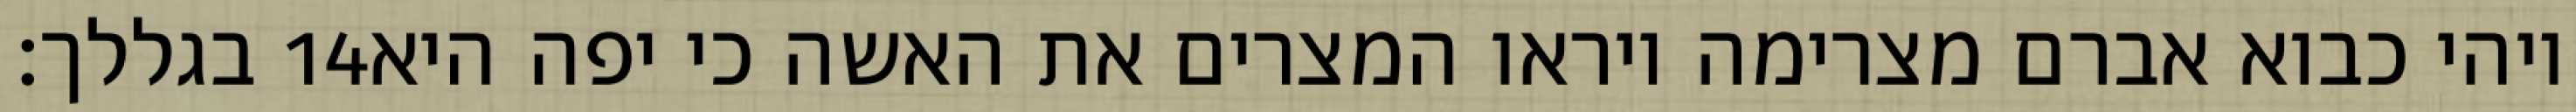
בגללך׃ ‎14‏ ויהי כבוא אברם מצרימה ויראו המצרים את האשה כי יפה היא